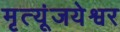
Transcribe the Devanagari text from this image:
मृत्यूंजयेश्वर